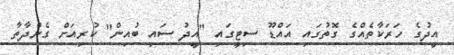
އީދުގެ ހަރަކާތެއްގެ ގޮތުގައި އައްޑޫ ސިޓީގައި "އީދު ސައި ބުއިން" ކުރިއަށް ގެންދާތާ